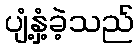
ပျံ့နှံ့ခဲ့သည်